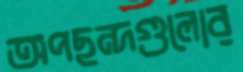
অপছন্দগুলোর